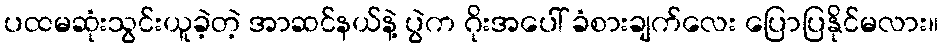
ပထမဆုံးသွင်းယူခဲ့တဲ့ အာဆင်နယ်နဲ့ ပွဲက ဂိုးအပေါ် ခံစားချက်လေး ပြောပြနိုင်မလား။